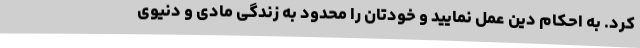
کرد. به احکام دین عمل نمایید و خودتان را محدود به زندگی مادی و دنیوی